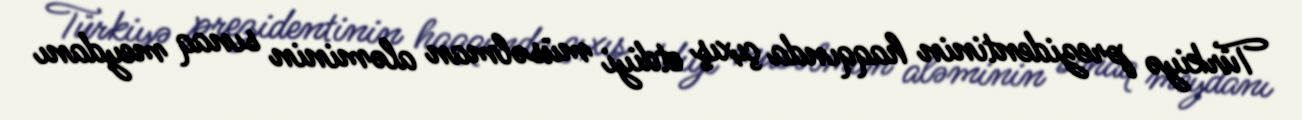
Türkiyə prezidentinin haqqında çıxış etdiyi müsəlman aləminin sınaq meydanı